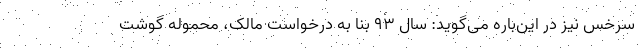
سرخس نیز در این‌باره می‌گوید: سال ۹۳ بنا به درخواست مالک، محموله گوشت